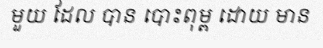
មួយ ដែល បាន បោះពុម្ព ដោយ មាន